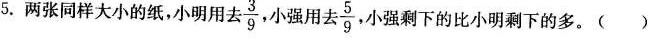
5.两张同样大小的纸，小明用去3 $$\frac{3}{9}$$ 小强用去5 $$\frac{5}{9}$$ ，小强剩下的比小明剩下的多。( )